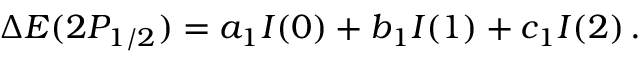
\Delta E ( 2 P _ { 1 / 2 } ) = a _ { 1 } I ( 0 ) + b _ { 1 } I ( 1 ) + c _ { 1 } I ( 2 ) \, { . }